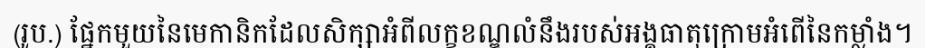
(រូប.) ផ្នែកមួយនៃមេកានិកដែលសិក្សាអំពីលក្ខខណ្ឌលំនឹងរបស់អង្គធាតុក្រោមអំពើនៃកម្លាំង។